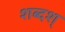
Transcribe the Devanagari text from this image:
शब्दश्